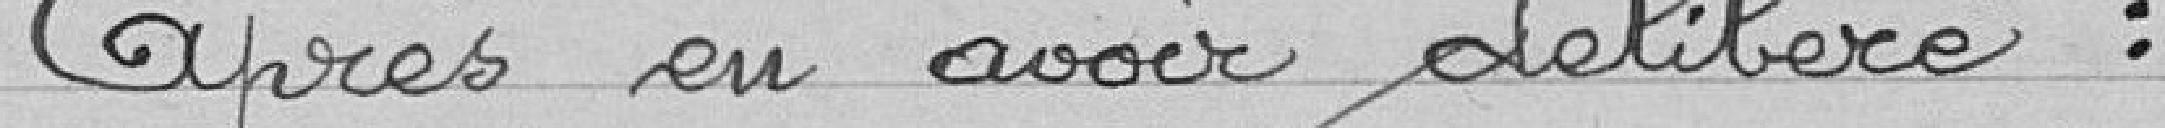
Après en avoir délibéré :